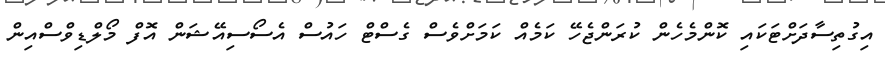
އިގުތިސާދަށްޓަކައި ކޮންމެހެން ކުރަންޖެހޭ ކަމެއް ކަމަށްވެސް ގެސްޓް ހައުސް އެސޯސިއޭޝަން އޮފް މޯލްޑިވްސްއިން